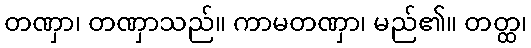
တဏှာ၊ တဏှာသည်။ ကာမတဏှာ၊ မည်၏။ တတ္ထ၊